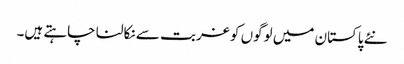
نئے پاکستان میں لوگوں کو غربت سے نکالنا چاہتے ہیں۔